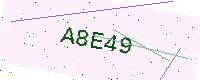
Text: A8E49